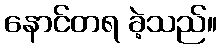
နောင်တရ ခဲ့သည်။